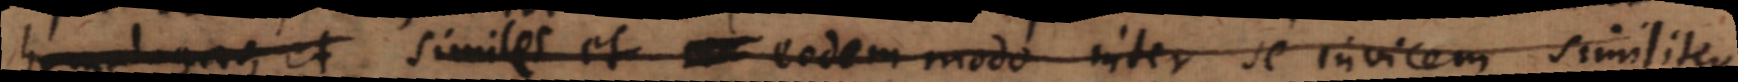
homologas, et similes et eodem modo inter se invicem similiter